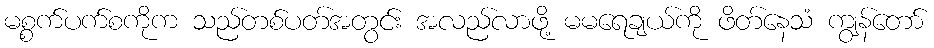
မစ္စက်ပက်စကိုက သည်တစ်ပတ်အတွင်း အလည်လာဖို့ မမရေချယ်ကို ဖိတ်နေသံ ကျွန်တော်